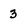
Character: 3